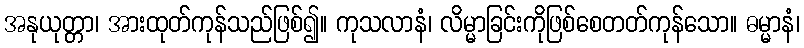
အနုယုတ္တာ၊ အားထုတ်ကုန်သည်ဖြစ်၍။ ကုသလာနံ၊ လိမ္မာခြင်းကိုဖြစ်စေတတ်ကုန်သော။ ဓမ္မာနံ၊